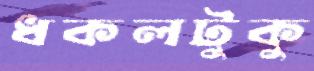
ধকলটুকু